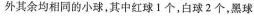
外其余均相同的小球，其中红球1个，白球2个，黑球